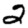
Digit: 2